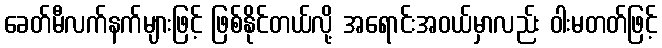
ခေတ်မီလက်နက်များဖြင့် ဖြစ်နိုင်တယ်လို့ အရောင်းအဝယ်မှာလည်း ဝါးမတတ်ဖြင့်